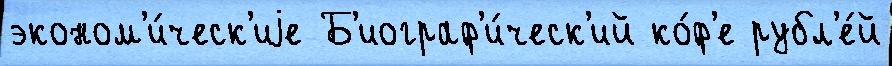
эконом'и́ческ'иjе Б'иограф'и́ческ'ий ко́ф'е рубл'е́й